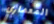
المعماري